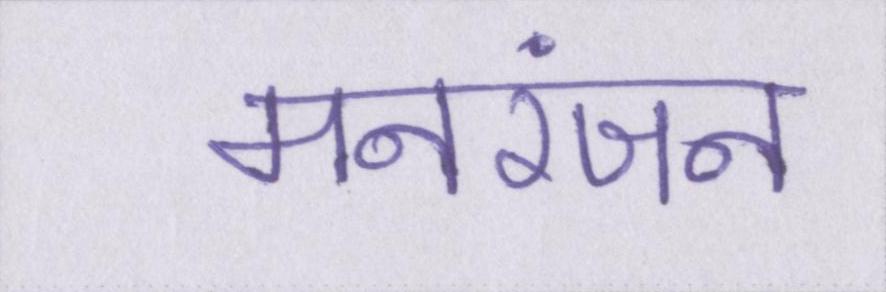
मनरंजन